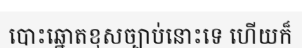
បោះឆ្នោតខុសច្បាប់នោះទេ ហើយក៏